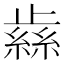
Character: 𰙹